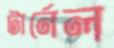
টার্নেল